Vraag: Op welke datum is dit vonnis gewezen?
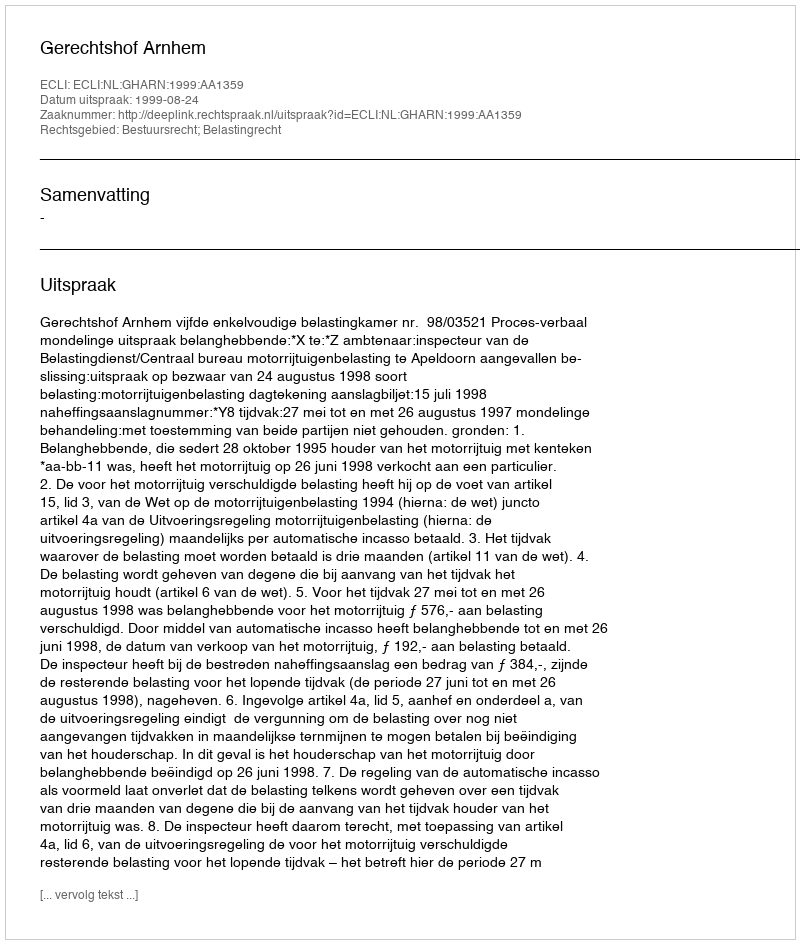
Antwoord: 1999-08-24